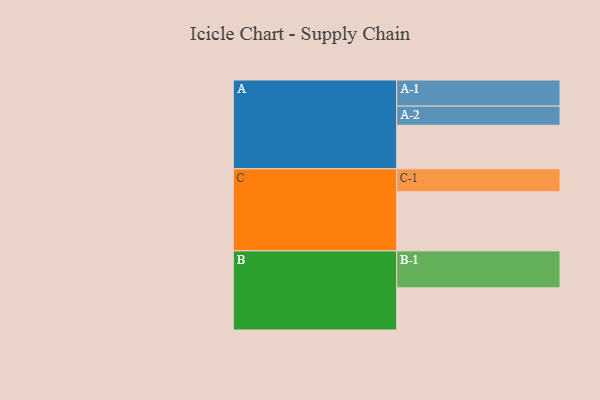
{"axis": {"x": "Segment", "y": "Value"}, "legend": ["", "A", "B", "C"], "data": [{"x": "A", "y": 314, "type": ""}, {"x": "B", "y": 304, "type": ""}, {"x": "C", "y": 426, "type": ""}, {"x": "A-1", "y": 188, "type": "A"}, {"x": "A-2", "y": 138, "type": "A"}, {"x": "B-1", "y": 266, "type": "B"}, {"x": "C-1", "y": 165, "type": "C"}]}